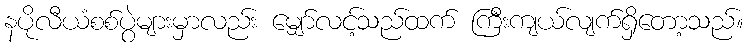
နပိုလီယံစစ်ပွဲများမှာလည်း မျှော်လင့်သည်ထက် ကြီးကျယ်လျက်ရှိတော့သည်။